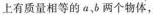
上有质量相等的α，b两个物体，